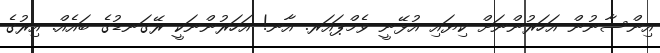
އިންސާނުން އަހަރުންނަށް ކިޔައި އުޅޭނީ ވެމްޕައަރ. އާނ! އަހަރުންނަކީ ރޭގަނޑުގެ ބައެއް. އިރުގެ